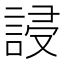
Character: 誛